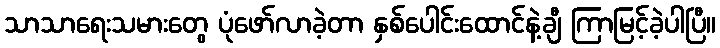
သာသာရေးသမားတွေ ပုံဖော်လာခဲ့တာ နှစ်ပေါင်းထောင်နဲ့ချီ ကြာမြင့်ခဲ့ပါပြီ။